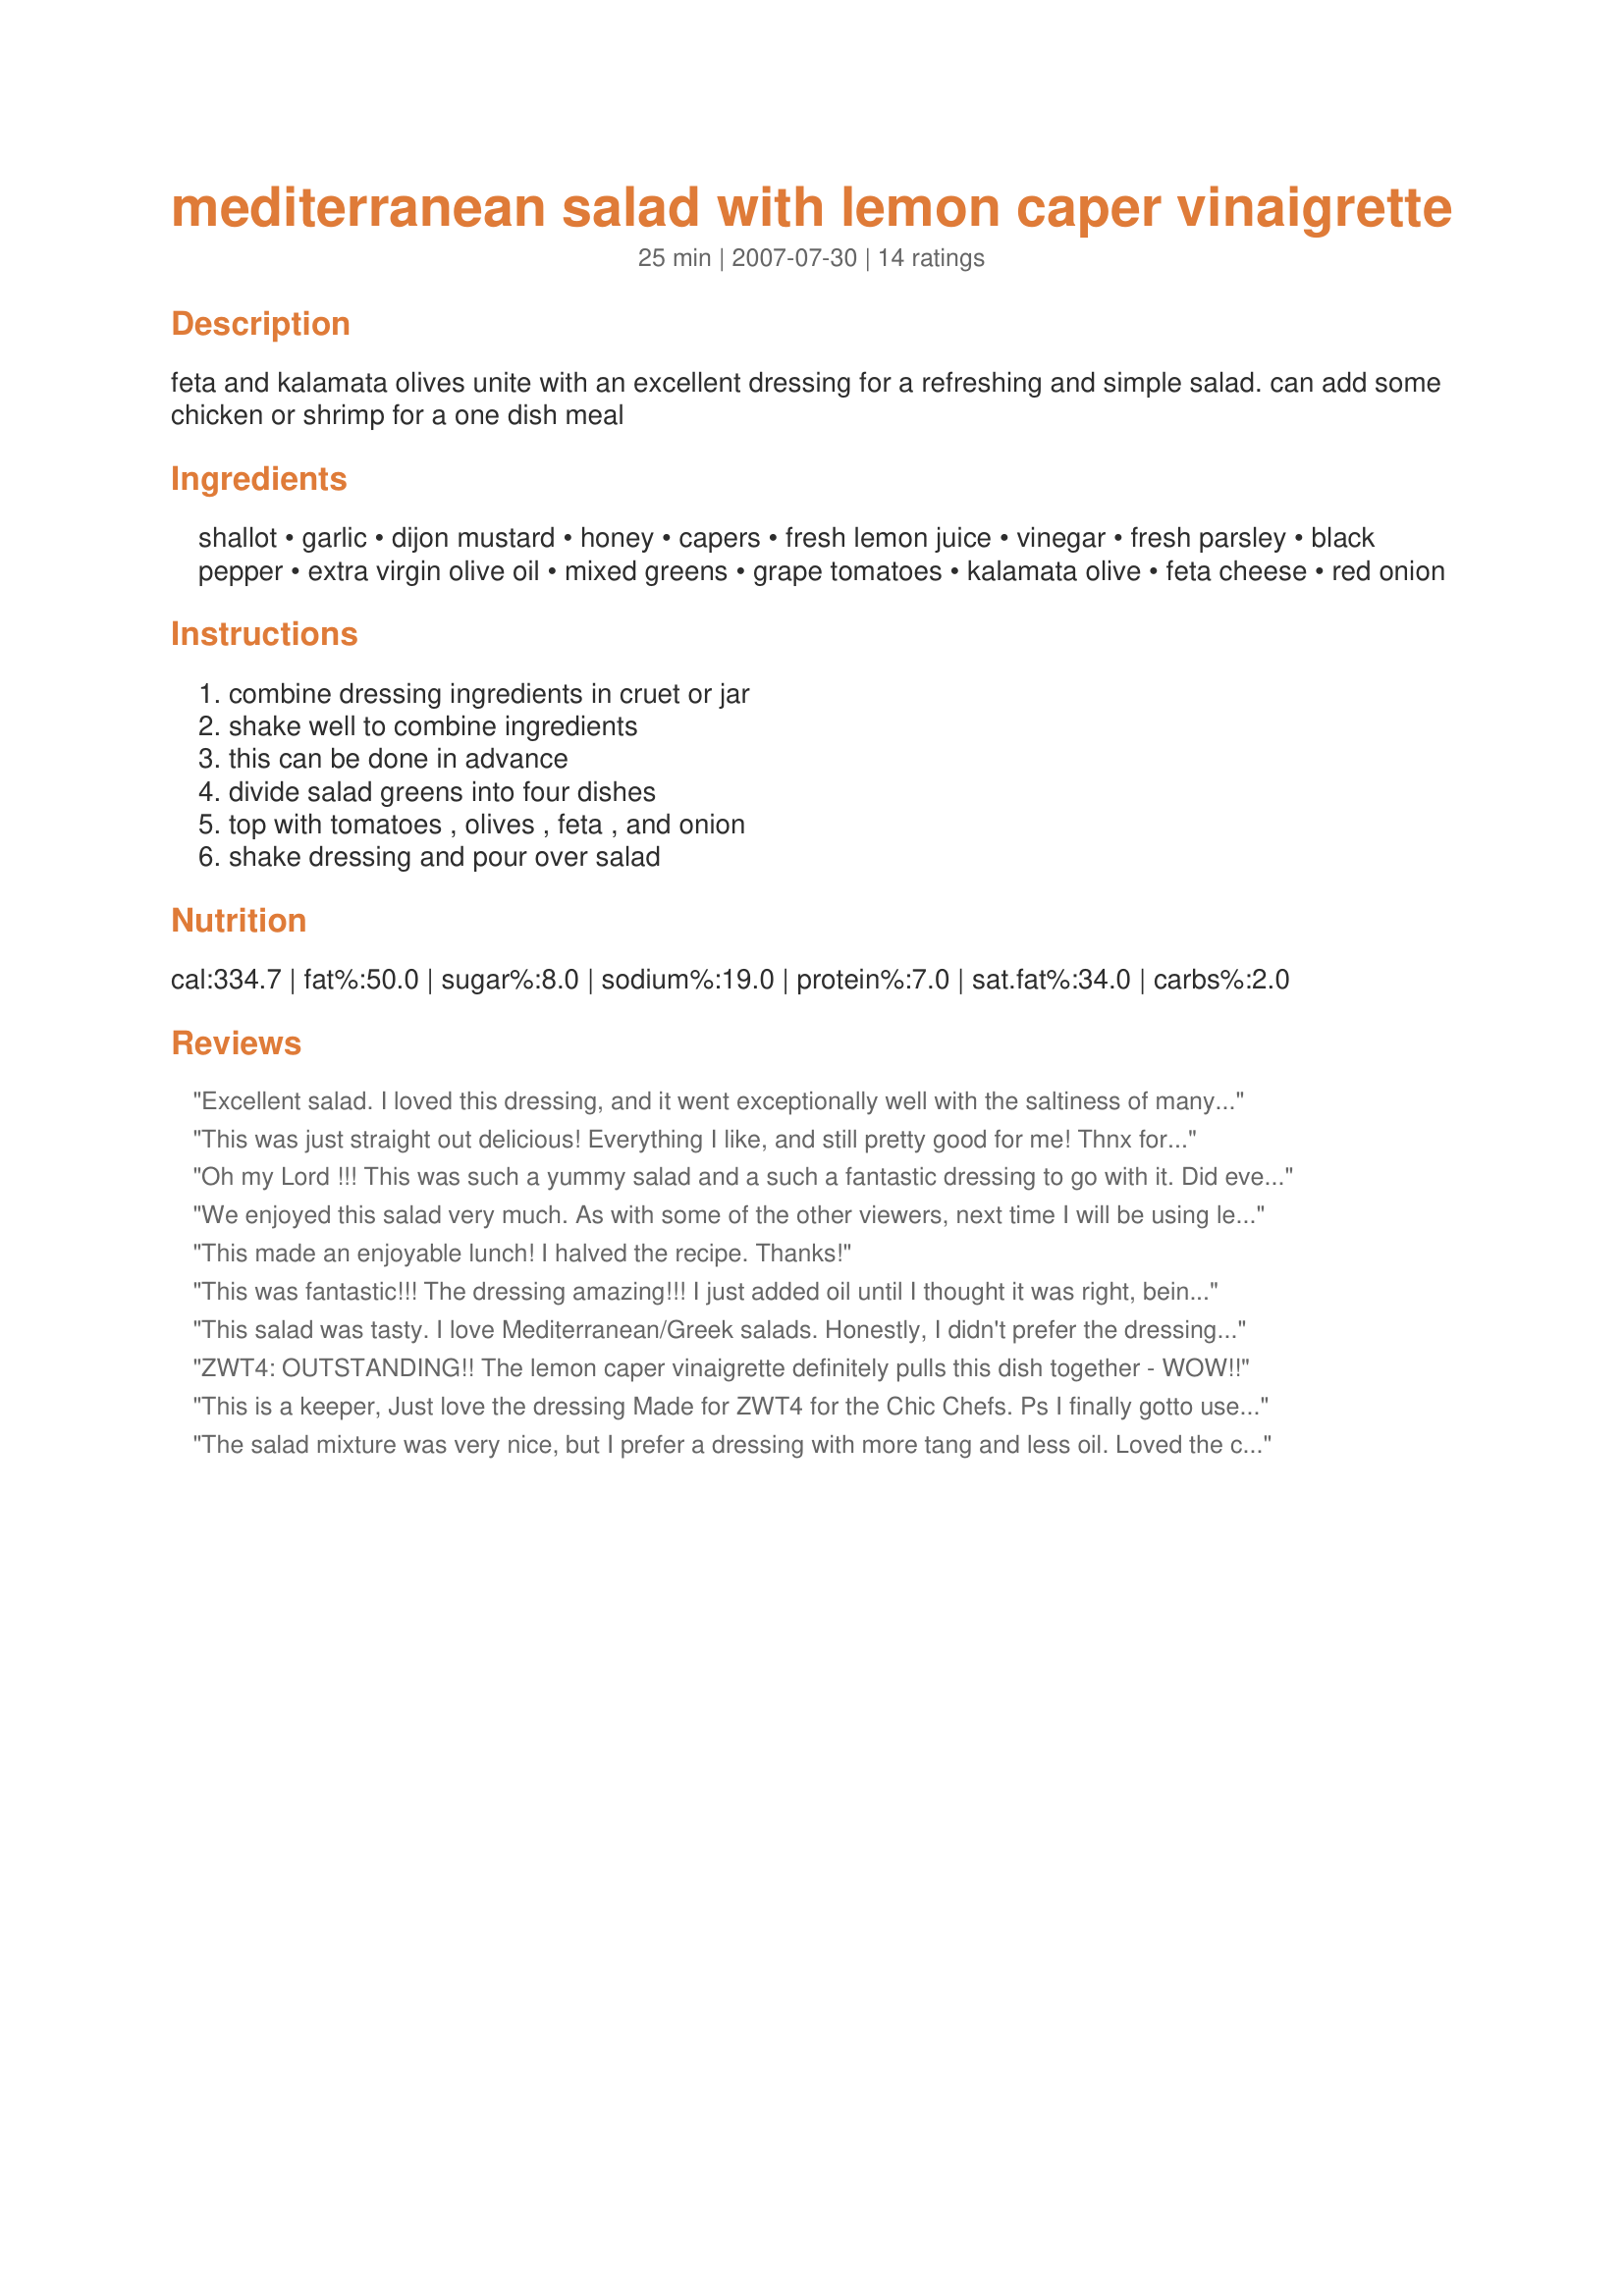
mediterranean salad with lemon caper vinaigrette
Preparation time: 25 minutes

feta and kalamata olives unite with an excellent dressing for a refreshing and simple salad. can add some chicken or shrimp for a one dish meal

Ingredients:
shallot, garlic, dijon mustard, honey, capers, fresh lemon juice, vinegar, fresh parsley, black pepper, extra virgin olive oil, mixed greens, grape tomatoes, kalamata olive, feta cheese, red onion

Steps:
combine dressing ingredients in cruet or jar, shake well to combine ingredients, this can be done in advance, divide salad greens into four dishes, top with tomatoes , olives , feta , and onion, shake dressing and pour over salad

Reviews:
Excellent salad. I loved this dressing, and it went exceptionally well with the saltiness of many of the salad ingredients. That said, I decreased the oil to 1 tbsp to make it low fat, as I do with all dressings. With the stated 1/2 cup oil there would be too much dressing for the size of this salad IMO. I loved how the grape tomatoes added sweetness. I will definitely be making this recipe again. Good luck in RSC #10!
This was just straight out delicious! Everything I like, and still pretty good for me! Thnx for sharing it, Vicki. Made for a fellow Vagabond during ZWT 6.
Oh my Lord !!! This was such a yummy salad and a such a fantastic dressing to go with it. Did everything as written but I did cut way back on the oil though and added extra capers....I love them. We found it had a lovely blend of the lemon and vinegar. It was actually a very quick salad to put together. I served it as a side to some manicotti's . I can see just eating a whole plate of just the salad and forget anything else. Will be making this salad often...Thanks so much for sharing Vicki.
We enjoyed this salad very much. As with some of the other viewers, next time I will be using less oil. The only thing I changed was to leave out the honey - I never add it. As for the vinegar - I used a red wine vinegar produced by one of our BC wineries and it was wonderful. I won't be buying red or white wine vinegars at the grocery store any more! Thank you - we'll be enjoying this over the summer with fresh shrimp and a baquette :)
This made an enjoyable lunch! I halved the recipe. Thanks!
This was fantastic!!! The dressing amazing!!! I just added oil until I thought it was right, being careful not to add too much. Made for ZWT4.
This salad was tasty. I love Mediterranean/Greek salads. Honestly, I didn't prefer the dressing. I think that I would like a bit more vinegar, less olive oil, and no honey. Good luck in RSC!
ZWT4: OUTSTANDING!! The lemon caper vinaigrette definitely pulls this dish together - WOW!!
This is a keeper, Just love the dressing Made for ZWT4 for the Chic Chefs.
Ps I finally gotto use the bottle of capers I bought months ago.
The salad mixture was very nice, but I prefer a dressing with more tang and less oil. Loved the capers though. I would add 1/4 teaspoon salt and use castor sugar in place of honey (or leave sweetener out completely). The honey taste was quite strong, but perhaps it was just my variety of honey. Thanks for posting.
Used just 1/4 cup olive oil and found that sufficient. The rest of the recipe I made just as stated.
The capers gave a nice zing to the dressing. The salad was fresh and tasty. Used it as a starter and it was very well received!
Thanks for posting and well done!
The salad base was great. We thought the dressing tasted more like a well flavored oil because of the proportion of oil to the other ingredients. I added more wine vinegar to balance it a little better for use as a dressing. Good luck in the contest.
Very nice salad combination. Did not really care for the dressing. A little too tart for our taste. We ended up adding additional honey and it was fine. Loved the flavor the capers gave it. All in all it well with dinner. Good luck in the contest.
The dressing is wonderful! It was mixed together in the blender making it a smoother vinaigrette. I used romaine lettuce and fresh garden tomatoes. Made for *RSC 10*.
